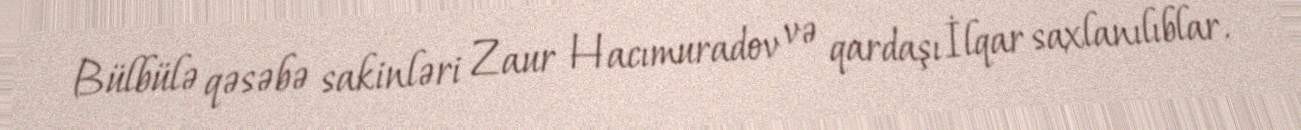
Bülbülə qəsəbə sakinləri Zaur Hacımuradov və qardaşı İlqar saxlanılıblar.